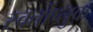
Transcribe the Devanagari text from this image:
स्वतोप्लुक